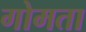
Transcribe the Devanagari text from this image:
गोमता